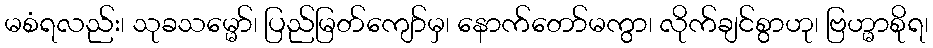
မစံရလည်း၊ သုခသမ္မော်၊ ပြည်မြတ်ကျော်မှ၊ နောက်တော်မကွာ၊ လိုက်ချင်စွာဟု၊ ဗြဟ္မာစိုရ၊